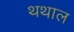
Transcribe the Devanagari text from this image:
थथाल